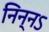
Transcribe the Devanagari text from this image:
निन्नऽ